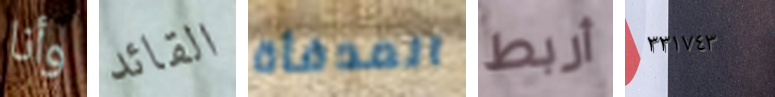
وأنا القائد المدفأة أربط ٣٣١٧٤٣